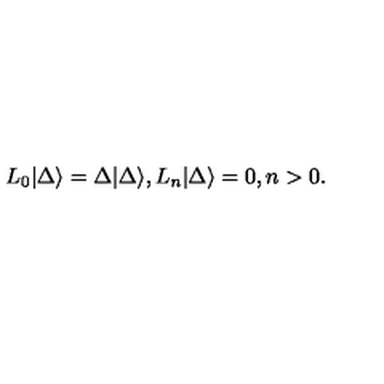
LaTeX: L _ { 0 } | \Delta \rangle = \Delta | \Delta \rangle , L _ { n } | \Delta \rangle = 0 , n > 0 .